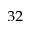
_ { 3 2 }